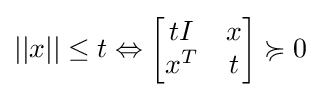
||x||\leq t\Leftrightarrow {\begin{bmatrix}tI&x\\x^{T}&t\end{bmatrix}}\succcurlyeq 0